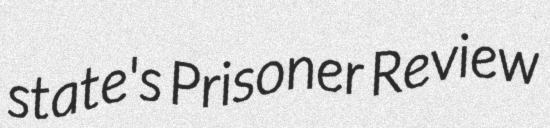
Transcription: state's Prisoner Review